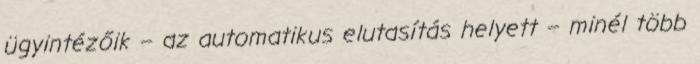
ügyintézőik – az automatikus elutasítás helyett – minél több